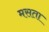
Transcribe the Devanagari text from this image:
मसता